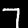
Digit: 7